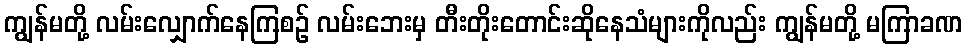
ကျွန်မတို့ လမ်းလျှောက်နေကြစဉ် လမ်းဘေးမှ တီးတိုးတောင်းဆိုနေသံများကိုလည်း ကျွန်မတို့ မကြာခဏ